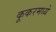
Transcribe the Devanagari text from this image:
कूकरमध्ये